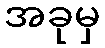
အခုမှ